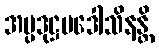
အပ္ပဒုဋ္ဌပဒေါသိနန္တိ